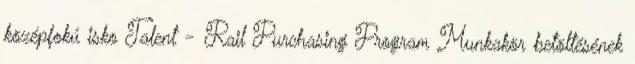
középfokú isko Talent - Rail Purchasing Program Munkakör betöltésének